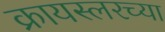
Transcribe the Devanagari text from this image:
क्रायस्लरच्या